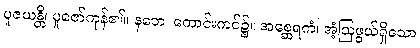
ပူဇယန္တိ၊ ပူဇော်ကုန်၏။ နဘေ၊ ကောင်းကင်၌။ အစ္ဆေရကံ၊ အံ့ဩဖွယ်ရှိသော